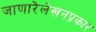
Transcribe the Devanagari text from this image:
जाणारेलेखनप्रकार